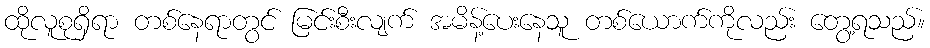
ထိုလူစုရှိရာ တစ်နေရာတွင် မြင်းစီးလျက် အမိန့်ပေးနေသူ တစ်ယောက်ကိုလည်း တွေ့ရသည်။